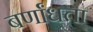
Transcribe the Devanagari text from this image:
बर्णांधता